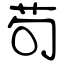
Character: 茍